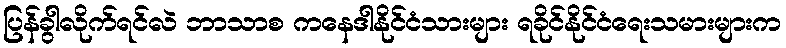
ပြန်ခွါလိုက်ရင်လဲ ဘာသာစ ကနေဒါနိုင်ငံသားများ ရခိုင်နိုင်ငံရေးသမားများက